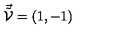
\vec { \tilde { \cal { V } } } = ( 1 , - 1 )